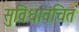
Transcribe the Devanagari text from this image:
सुविधावंचित